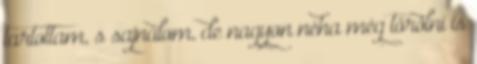
tartottam, s sajnálom, de nagyon néha még törölni is